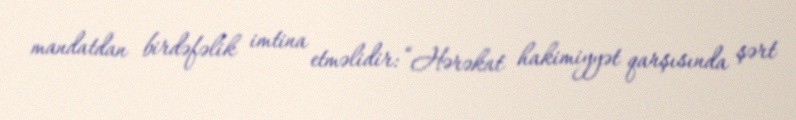
mandatdan birdəfəlik imtina etməlidir: “Hərəkat hakimiyyət qarşısında şərt